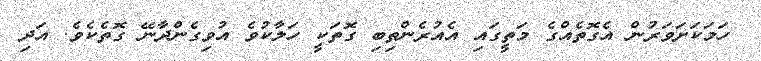
ހަމަކަށަވަރުން އެގޮތެއްގެ މަތީގައި އެއުރެންތިބި ގޮތަކީ ހަލާކުވެ އުވިގެންދާނޭ ގޮތެކެވެ. އަދި